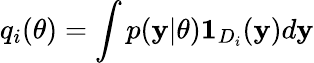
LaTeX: q_{i}(\theta)=\int p(\mathbf{y}\vert\theta)\mathbf{1}_{D_{i}}(\mathbf{y})d\mathbf{y}